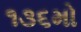
૧૩૬મો